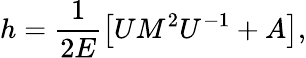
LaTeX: h=\frac 1{2E}\left[UM^{2}U^{-1}+A\right],